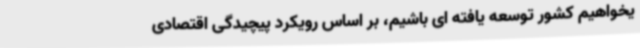
یخواهیم کشور توسعه یافته ای باشیم، بر اساس رویکرد پیچیدگی اقتصادی